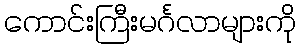
ကောင်းကြီးမင်္ဂလာများကို